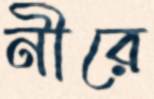
নীরে